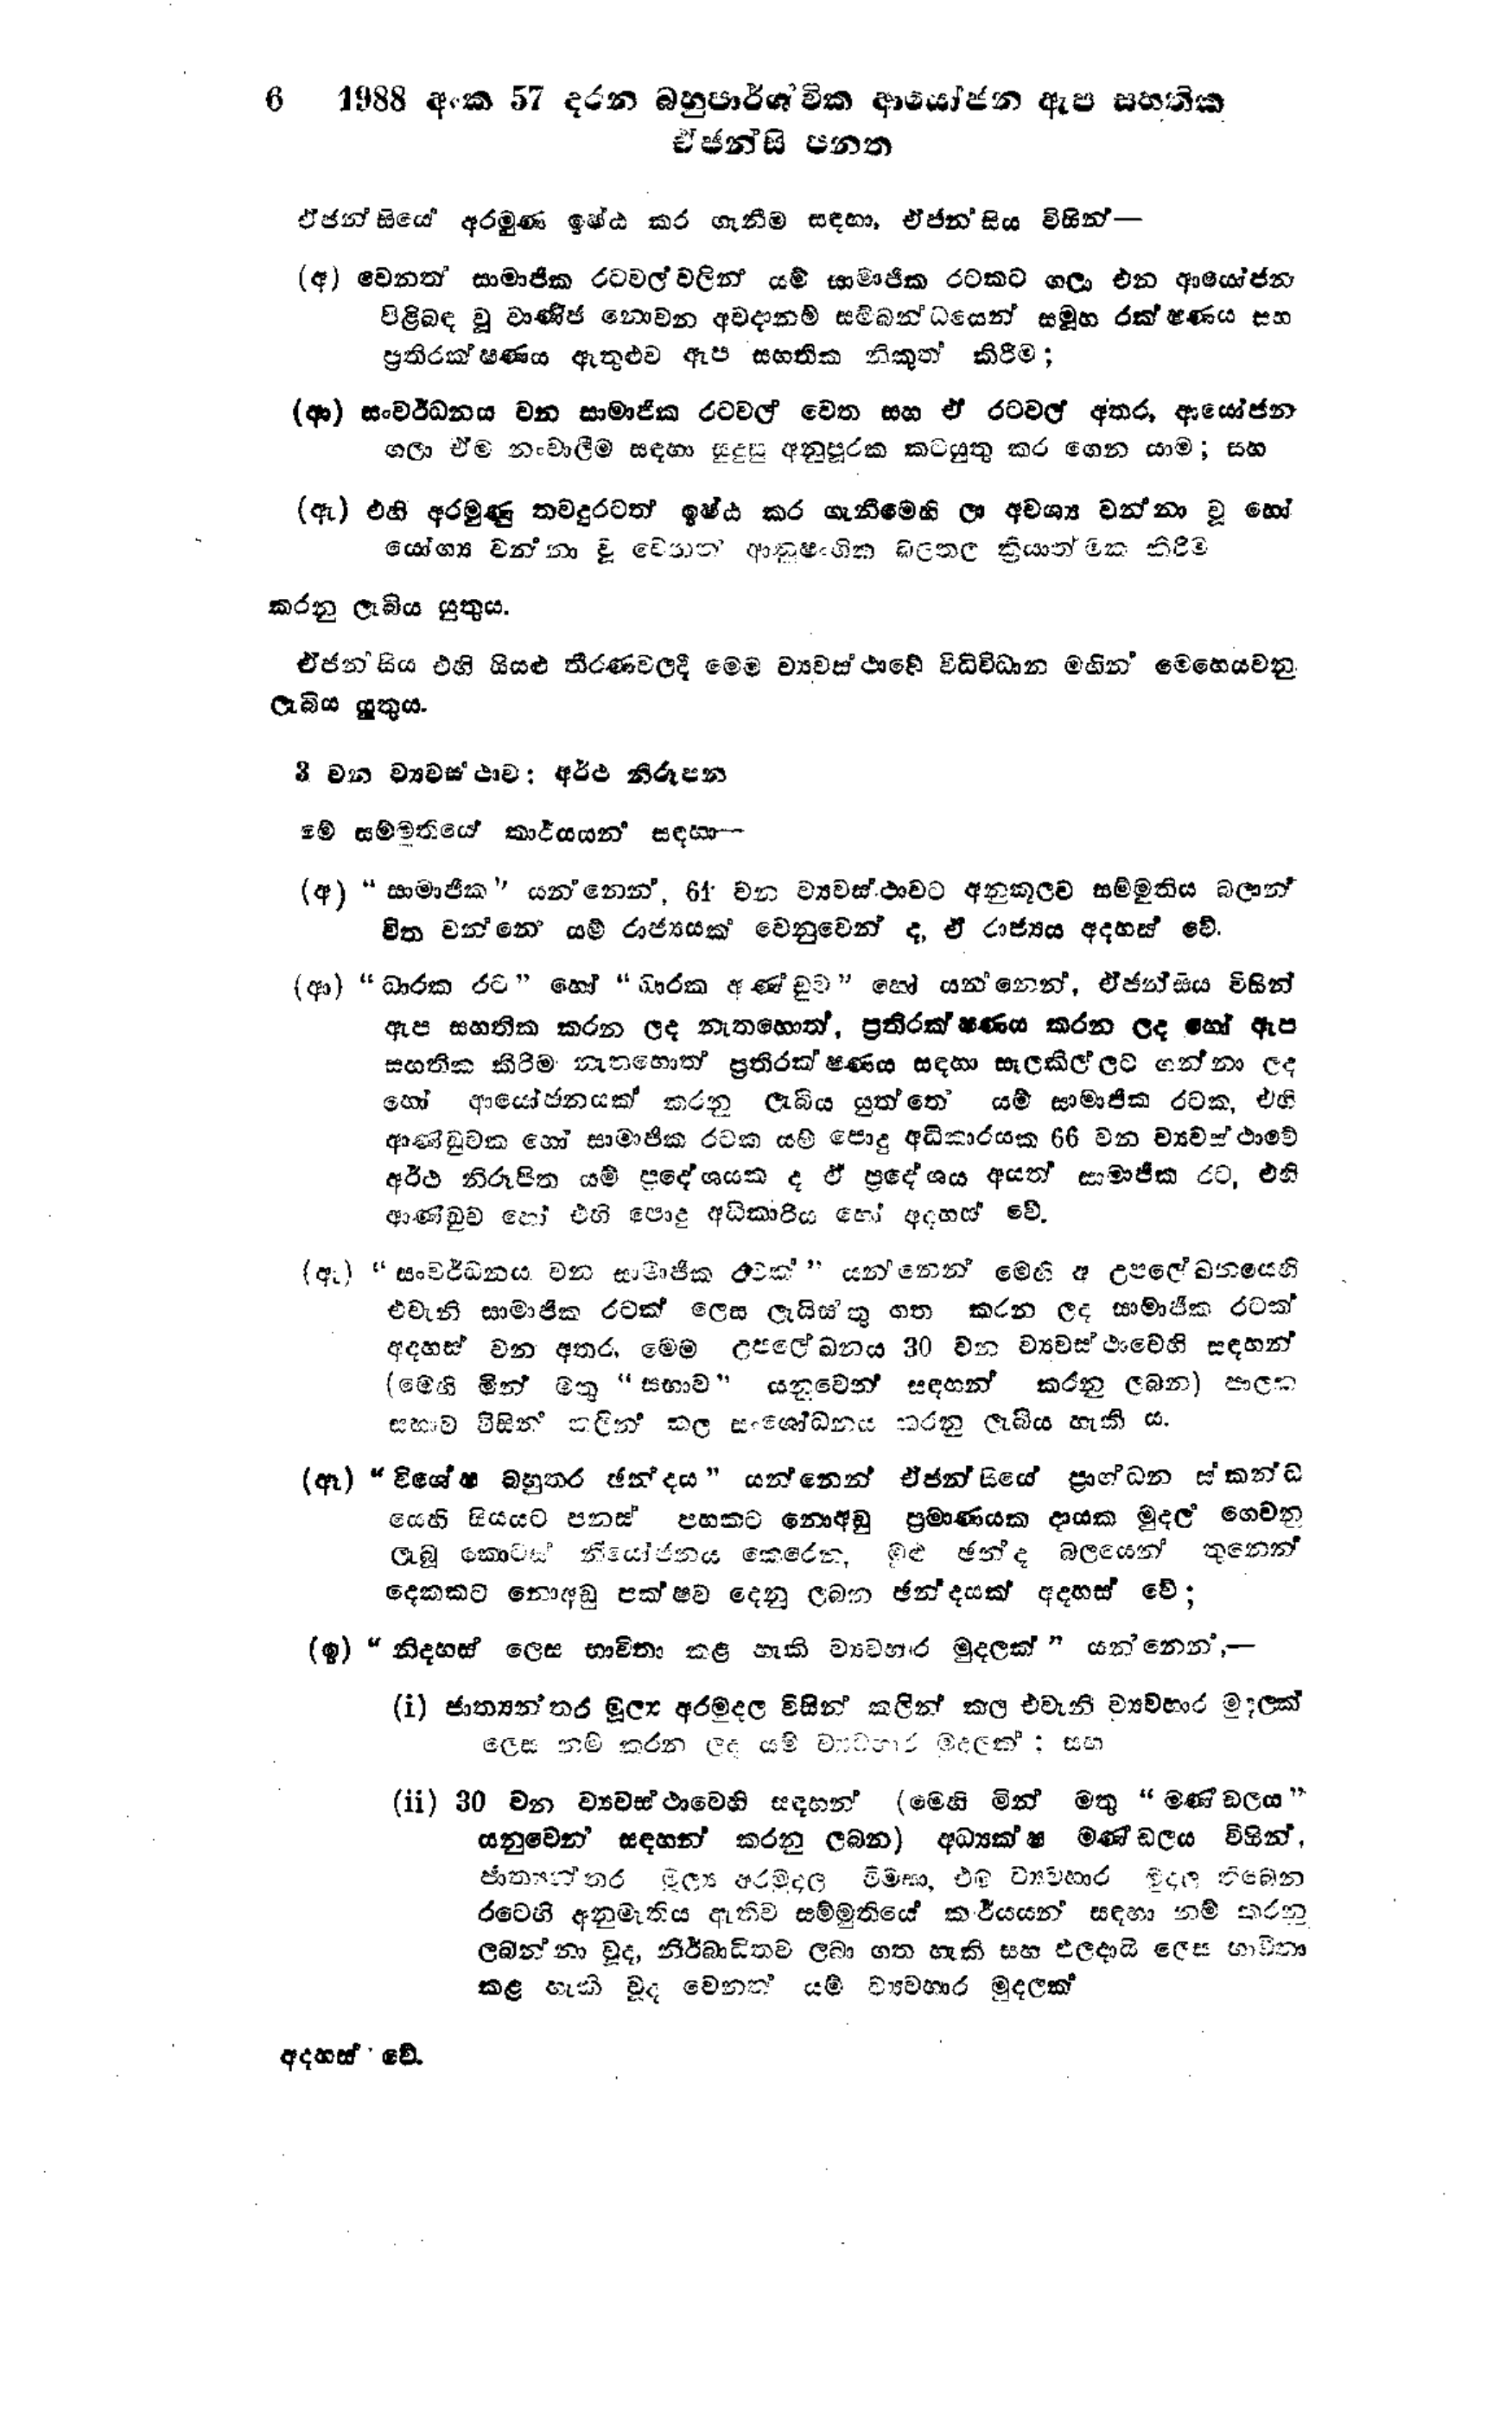
6 1988 අංක 57 දරන බහුපාර්ශවික ආයෝජන ඇප සන්තික
ඒ ජන්සි පනත

ඒ ජන්සියෙ අරමුණ ඉෂ්ඨ කර ගැනීම සඳහා, ඒජන්සිය විසින් -

(අ) වෙනත් සාමාජික රටවල් වලින් යම් සාමාජික රටකට ගලා එන ආයෝජන
පිළිබඳ වූ වාණිජ නොවන අවදානම් සම්බන්ධයෙන් සමූහ රක්ෂණය සහ
ප්‍රතිරක්ෂණය ඇතුළුව ඇප සහතික නිකුත් කිරීම;

(ආ) සංවර්ධනය වන සාමාජික රටවල් වෙත සහ ඒ රටවල් අතර, ආයෝජන
ගලා ඒම නංවාලීම සඳහා සුදුසු අනුපූරක කටයුතු කර ගෙන යාම; සහ

(ඇ) එහි අරමුණු තවදුරටත් ඉෂ්ඨ කර ගැනීමෙහි ලා අවශ්‍ය වන්නා වූ හෝ
යෝග්‍ය වන්නා වූ වෙනත් ආනුෂංගික බලතල ක්‍රියාත්මක කිරීම

කරනු ලැබිය යුතුය.

ඒජන්සිය එහි සියළු තීරණවලදී මෙම ව්‍යවස්ථාවේ විධිවිධාන මගින් මෙහෙයවනු
ලැබිය යුතුය.

3 වන ව්‍යවස්ථාව: අර්ථ නිරූපන

මේ සම්මුතියේ කාර්යයන් සඳහා --

(අ) "සාමාජික " යන්නෙන්, 64 වන ව්‍යවස්ථාවට අනුකූලව සම්මුතිය බලාන්
විත වන්නේ යම් රාජ්‍යයක් වෙනුවෙන්ද, ඒ රාජ්‍යය අදහස් වේ.

(ආ)"ධාරක රට " හෝ  "ධාරක අණ්ඩුව " හෝ යන්නෙන්, ඒජන්සිය විසින්
ඇප සහතික කරන ලද නැතහොත්, ප්‍රතිරක්ෂණය කරන ලද හෝ ඇප
සහතික කිරීම නැතහොත් ප්‍රතිරක්ෂණය සඳහා සැලකිල්ලට ගන්නා ලද
හෝ ආයෝජනයක් කරනු ලැබිය යුත්තේ යම් සාමාජික රටක, එහි
ආණ්ඩුවක හෝ සාමාජික රටක යම් පොදු අධිකාරයක 66 වන ව්‍යවස්ථාවේ
අර්ථ නිරූපිත යම් ප්‍රදේශයක ද ඒ ප්‍රදේශය අයත් සාමාජික රට, එහි
ආණ්ඩුව හෝ එහි පොදු අධිකාරිය හෝ අදහස් වේ.

(ඇ)"සංවර්ධනය වන සාමාජික රටක් " යන්නෙන් මෙහි අ උපලේඛනයෙහි
එවැනි සාමාජික රටක් ලෙස ලැයිස්තු ගත කරන ලද සාමාජික රටක්
අදහස් වන අතර, මෙම උපලේඛනය 30 වන ව්‍යවස්ථාවෙහි සඳහන්
(මෙහි මින් මිතු "සභාව" යනුවෙන් සඳහන් කරනු ලබන) පාලක
සභාව විසින් කලින් කල සංශෝධනය කරනු ලැබිය හැකි ය.

(ඈ) "විශේෂ බහුතර ඡන්දය " යන්නෙන් ඒජන්සියේ ප්‍රාග්ධන ස්කන්ධ
යෙහි සියයට පනස් පහකට නොඅඩු ප්‍රමාණයක ආදායක මුදල ගෙවනු
ලැබූ කොටස් නියෝජනය කෙරෙන මුළු ඡන්ද බලයෙන් තුනෙන්
දෙකකට නොඅඩු පක්ෂව දෙනු ලබන ඡන්දයක් අදහස් වේ;

(ඉ) "නිදහස් ලෙස භාවිතා කළ හැකි ව්‍යවහාර මුදලක් " යන්නෙන් -

(i) ජාත්‍යන්තර මුල්‍ය අරමුදල විසින් කලින් කල එවැනි ව්‍යවහාර මුදලක්
ලෙස නම් කරන ලද යම් ව්‍යවහාර මුදලක් : සහ

(ii) 30 වන ව්‍යවස්ථාවෙහි සඳහන් (මෙහි මින් මතු "මණ්ඩලය"
යනුවෙන් සඳහන් කරනු ලබන) අධ්‍යක්ෂ මණ්ඩලය විසින්,
ජාත්‍යන්තර මුල්‍ය අරමුදල විමසා, එම ව්‍යවහාර මුදල් තිබෙන
රටෙහි අනුමැතිය ඇතිව සම්මුතියේ කාර්යයන් සඳහා නම් කරනු
ලබන්නා වූද, නිර්බාධිතව ලබා ගත හැකි සහ ඵලදායී ලෙස භාවිතා
කළ හැකි වූද වෙනත් යම් ව්‍යවහාර මුදලක්

අදහස් වේ.